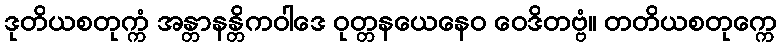
ဒုတိယစတုက္ကံ အန္တာနန္တိကဝါဒေ ဝုတ္တနယေနေဝ ဝေဒိတဗ္ဗံ။ တတိယစတုက္ကေ